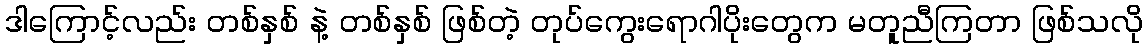
ဒါကြောင့်လည်း တစ်နှစ် နဲ့ တစ်နှစ် ဖြစ်တဲ့ တုပ်ကွေးရောဂါပိုးတွေက မတူညီကြတာ ဖြစ်သလို